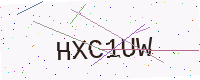
Text: HXC1UW